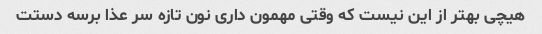
هیچی بهتر از این نیست که وقتی مهمون داری نون تازه سر عذا برسه دستت